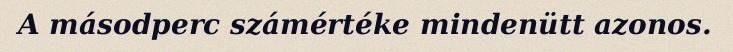
A másodperc számértéke mindenütt azonos.